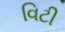
વિટી